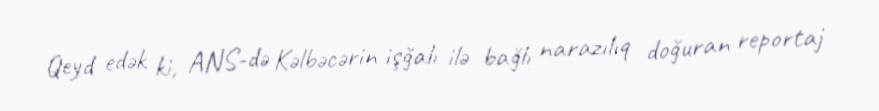
Qeyd edək ki, ANS-də Kəlbəcərin işğalı ilə bağlı narazılıq doğuran reportaj